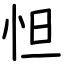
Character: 怛